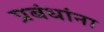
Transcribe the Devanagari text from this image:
प्रबंधांना